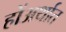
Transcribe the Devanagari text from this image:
होंअर्थात